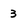
Character: 3